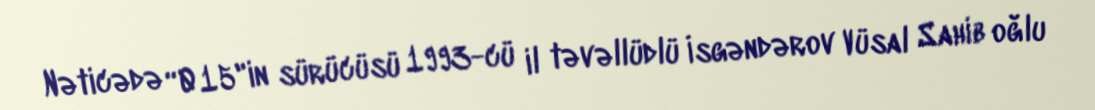
Nəticədə “015"in sürücüsü 1993-cü il təvəllüdlü İsgəndərov Vüsal Sahib oğlu